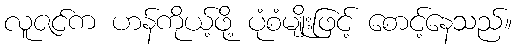
လူဇင်က ဟန်ကိုယ့်ဖို့ ပုံစံမျိုးဖြင့် စောင့်နေသည်။